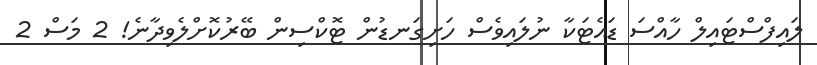
ލައިފްސްޓައިލް ހާއްސަ ޑައެޓަކާ ނުލައިވެސް ހަށިގަނޑުން ޓޮކްސިން ބޭރުކޮށްލެވިދާނެ! 2 މަސް 2